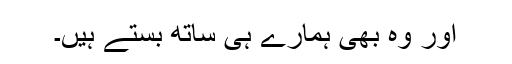
اور وہ بھی ہمارے ہی ساتھ بستے ہیں۔